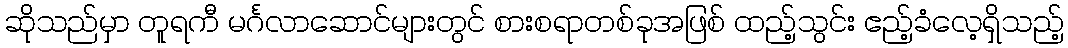
ဆိုသည်မှာ တူရကီ မင်္ဂလာဆောင်များတွင် စားစရာတစ်ခုအဖြစ် ထည့်သွင်း ဧည့်ခံလေ့ရှိသည့်